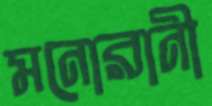
মনোরানী